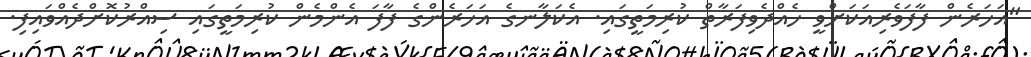
"އަހަރެން ފާފަވެރިއަކަށްވީ ހެއްދެވިފަރާތް ކުރިމަތީގައި. އެކަލާނގެ އަހަރެންގެ ފާފަ އެންމެން ކުރިމަތީގައި ސިއްރުކޮށްދެއްވައިފި.